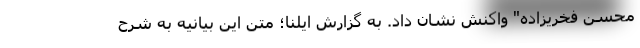
محسن فخریزاده" واکنش نشان داد. به گزارش ایلنا؛ متن این بیانیه به شرح